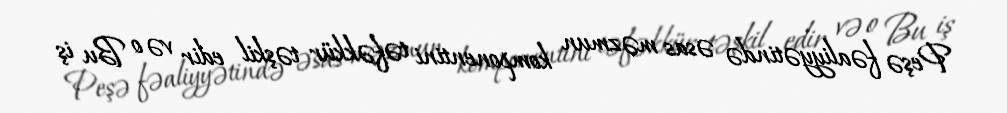
Peşə fəaliyyətində əsas məzmun komponentini təfəkkür təşkil edir və o Bu iş